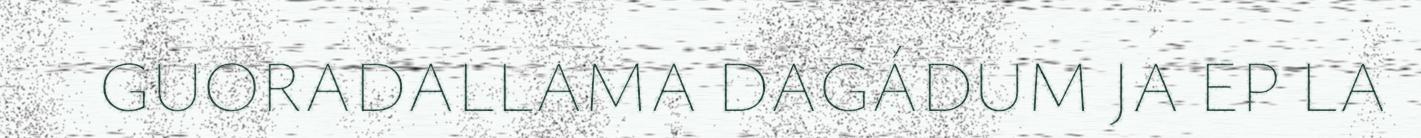
GUORADALLAMA DAGÁDUM JA EP LA